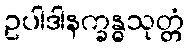
ဥပါဒါနက္ခန္ဓသုတ္တံ